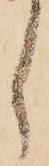
し